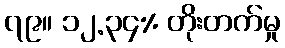
၇၉။ ၁၂.၃၄% တိုးတက်မှု